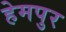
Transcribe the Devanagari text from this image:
हेमपुर